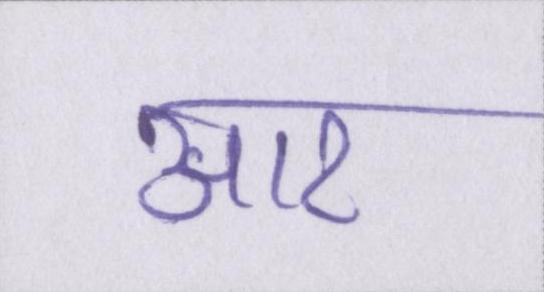
आर